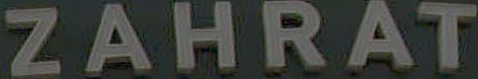
ZAHRAT